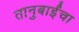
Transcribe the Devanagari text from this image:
तानुबाईंचा